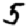
Digit: 5